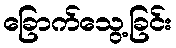
ခြောက်သွေ့ခြင်း